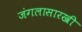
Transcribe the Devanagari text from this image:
जंगलासारखी